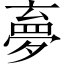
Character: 夣